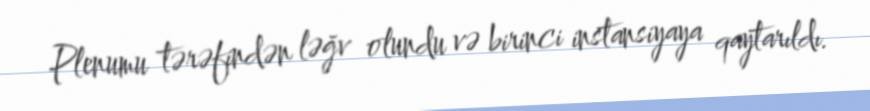
Plenumu tərəfindən ləğv olundu və birinci instansiyaya qaytarıldı.